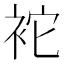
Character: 袉